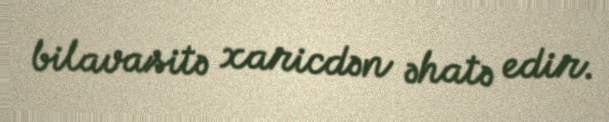
bilavasitə xaricdən əhatə edir.